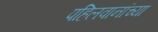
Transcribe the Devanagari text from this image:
पहिलवानांच्या